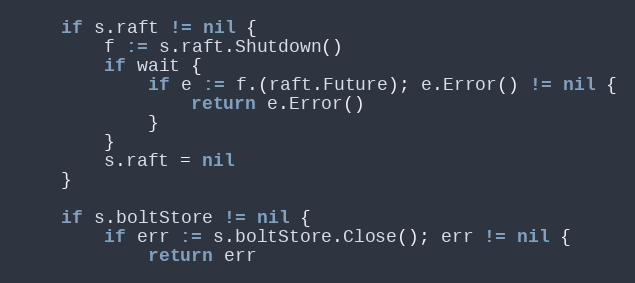
Language: Go
	if s.raft != nil {
		f := s.raft.Shutdown()
		if wait {
			if e := f.(raft.Future); e.Error() != nil {
				return e.Error()
			}
		}
		s.raft = nil
	}

	if s.boltStore != nil {
		if err := s.boltStore.Close(); err != nil {
			return err